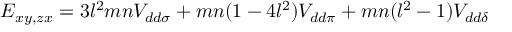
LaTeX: A _ { t } , A _ { b } , A _ { \tau }